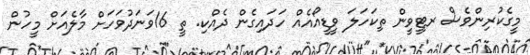
މީގެކުރިންވެސް ރޓީވީން ތިކަހަލަ ވީޑީއޯއެއް ހަދައިގެން ދެއްކި. ތީ 16ވަނަދުވަހަށް މާލެއަށް މީހުން